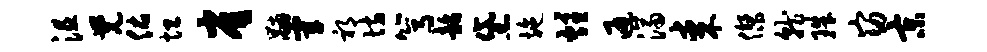
沮觉佑坦雀黼宰祁坊篙韶黛施炷通济某杰就珠窈京